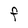
Character: F